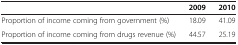
<table><thead><tr><td>[EMPTY_CELL]</td><td><b>2009</b></td><td><b>2010</b></td></tr></thead><tbody><tr><td>Proportion of income coming from government (%)</td><td>18.09</td><td>41.09</td></tr><tr><td>Proportion of income coming from drugs revenue (%)</td><td>44.57</td><td>25.19</td></tr></tbody></table>